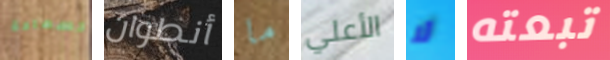
السعادة أنطوان ما الأعلي لا تبعته